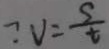
\because V = \frac { s } { t }